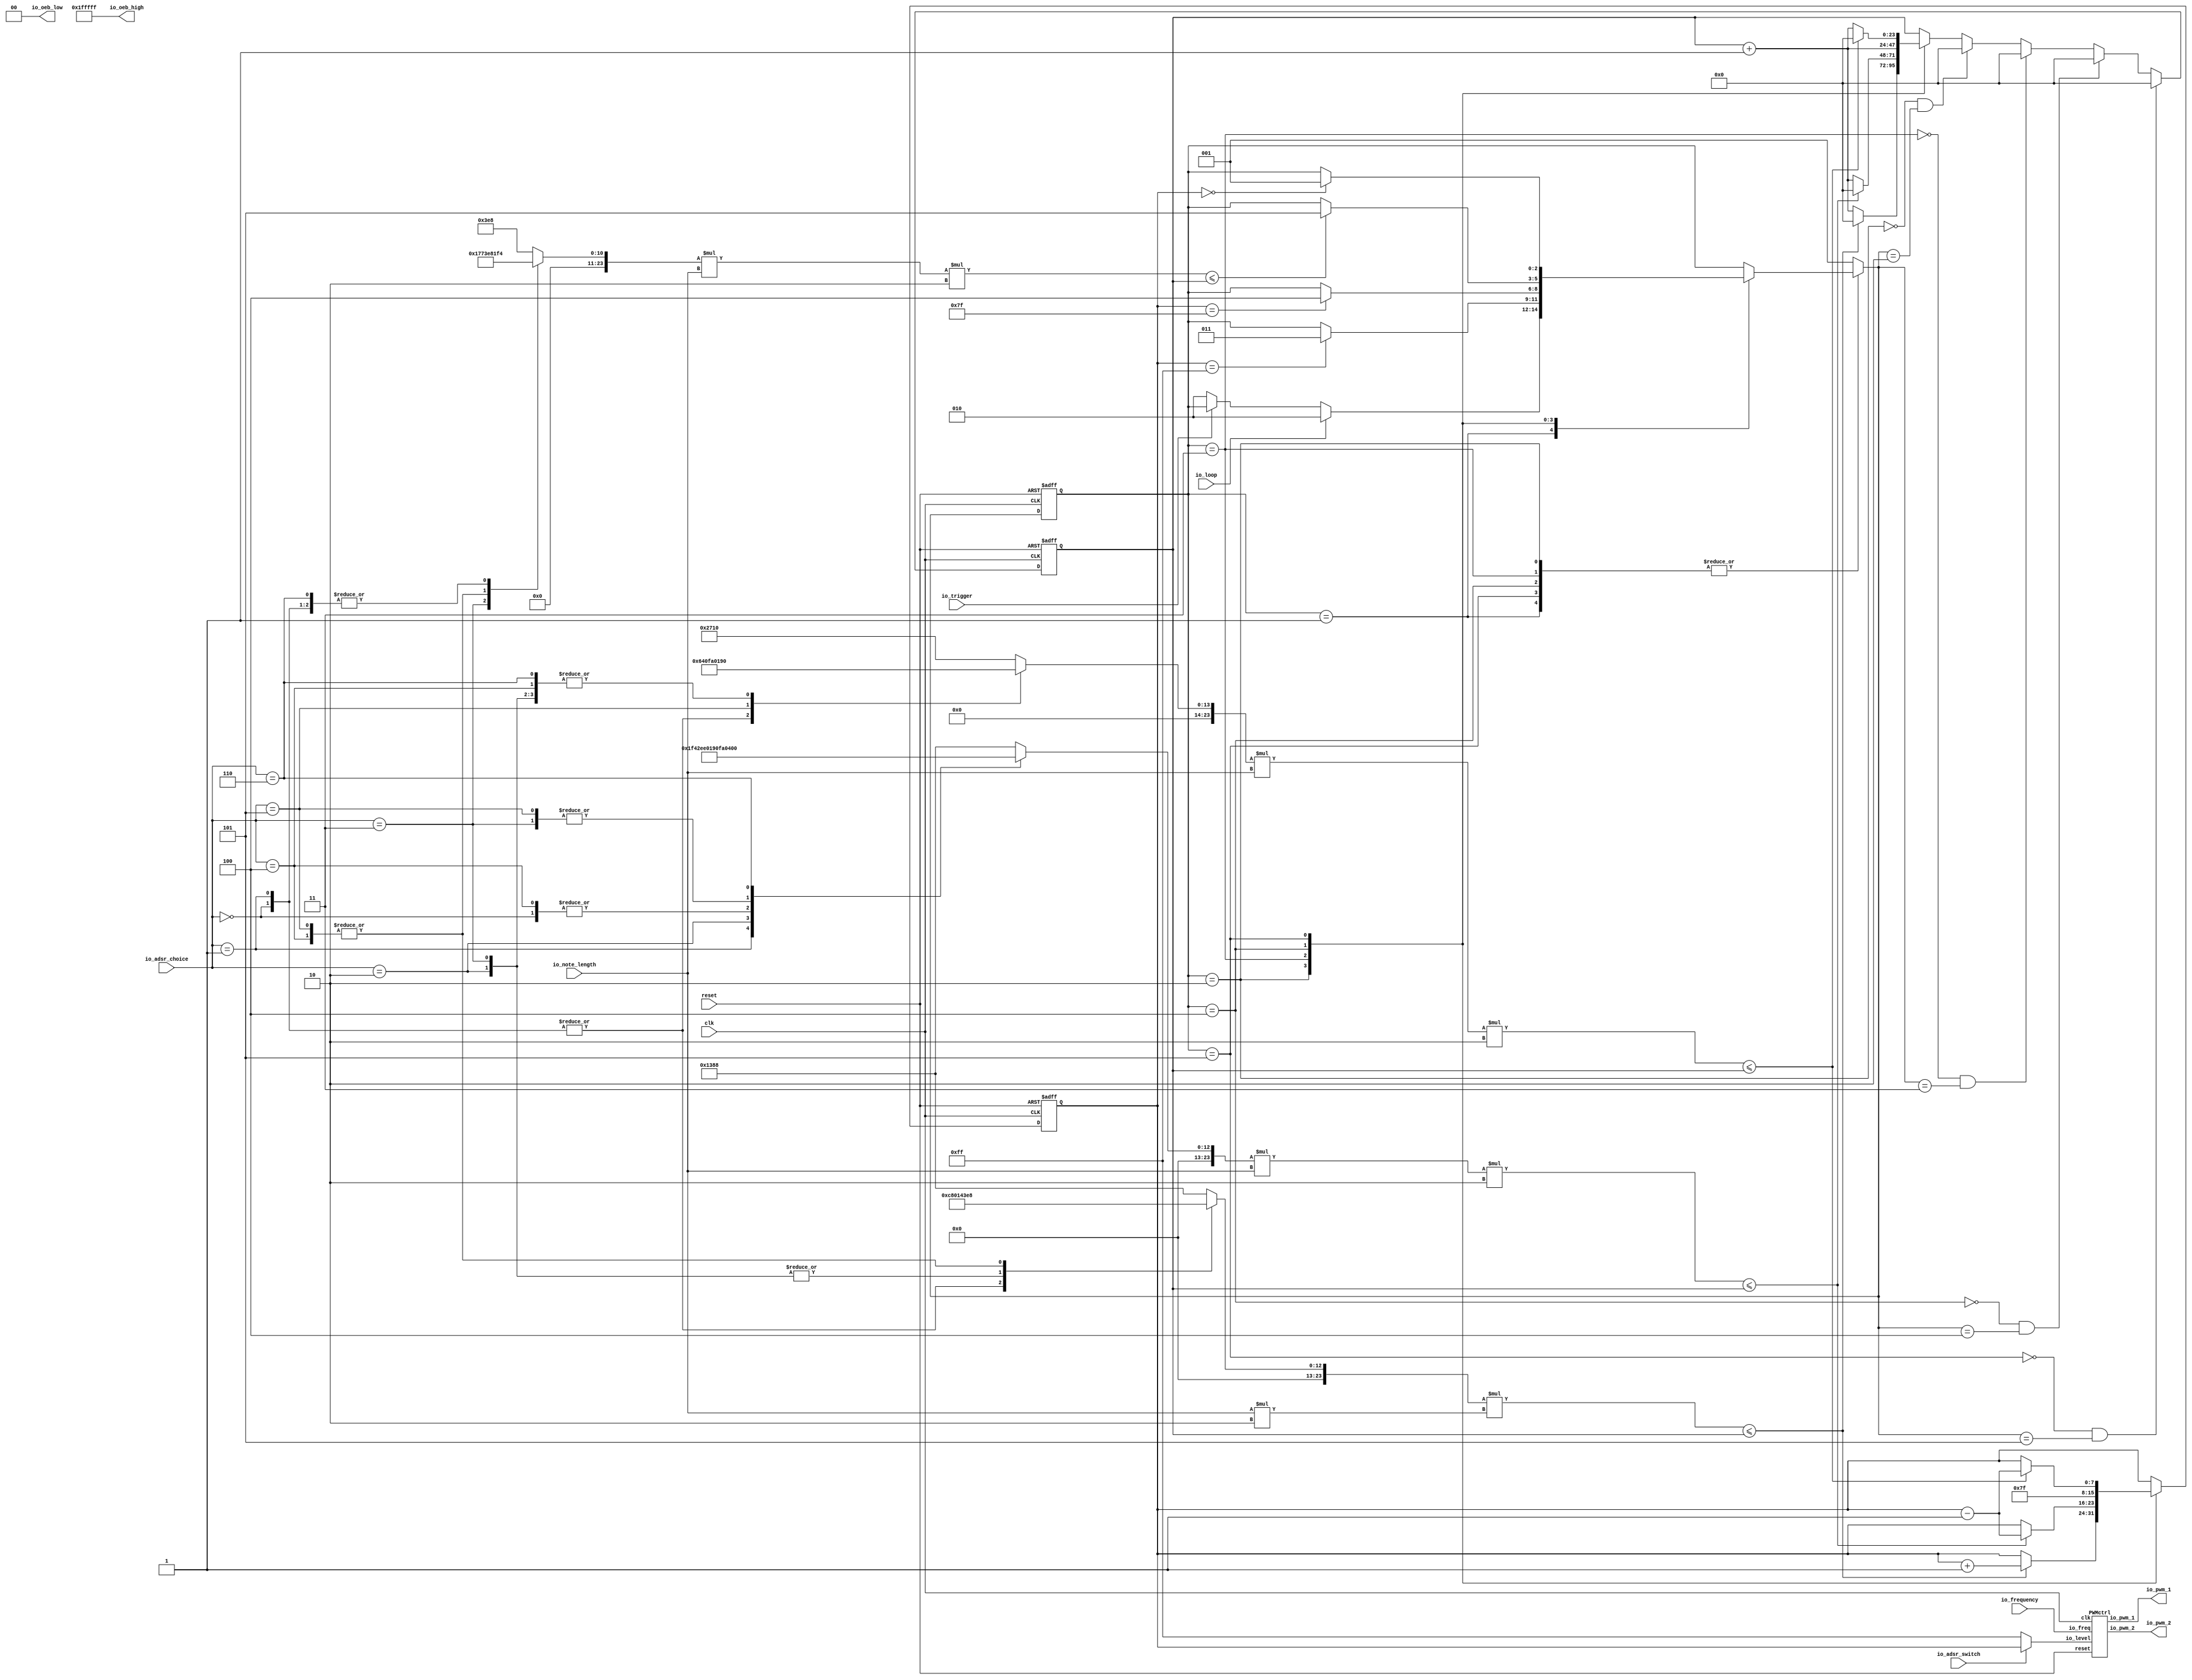
// Generator : SpinalHDL v1.6.2    git head : 6f25d9a541c42028018402843d80c1b0948f0d13
// Component : PWMaudio
// Git hash  : 202b1e0f2780d37523566e176177dd425875ae59

`timescale 1ns/1ps 

module PWMaudio (
  output              io_pwm_1,
  output              io_pwm_2,
  input      [11:0]   io_frequency,
  input      [2:0]    io_note_length,
  input               io_adsr_switch,
  input               io_loop,
  input               io_trigger,
  input      [2:0]    io_adsr_choice,
  input               clk,
  input               reset,
  output wire [20:0]   io_oeb_high,
  output wire [1:0]    io_oeb_low
);
  localparam fsm_adsr_enumDef_BOOT = 3'd0;
  localparam fsm_adsr_enumDef_stateEntry = 3'd1;
  localparam fsm_adsr_enumDef_stateAttack = 3'd2;
  localparam fsm_adsr_enumDef_stateDelay = 3'd3;
  localparam fsm_adsr_enumDef_stateSustain = 3'd4;
  localparam fsm_adsr_enumDef_stateRelease = 3'd5;

  assign io_oeb_high = 21'b111111111111111111111;
  assign io_oeb_low = 2'b0;

  wire       [11:0]   pwm_ctrl_io_freq;
  reg        [7:0]    pwm_ctrl_io_level;
  wire                pwm_ctrl_io_pwm_1;
  wire                pwm_ctrl_io_pwm_2;
  wire       [28:0]   _zz_when_PWMaudio_l108;
  wire       [4:0]    _zz_when_PWMaudio_l108_1;
  wire       [28:0]   _zz_when_PWMaudio_l108_2;
  wire       [28:0]   _zz_when_PWMaudio_l121;
  wire       [26:0]   _zz_when_PWMaudio_l121_1;
  wire       [28:0]   _zz_when_PWMaudio_l121_2;
  wire       [28:0]   _zz_when_PWMaudio_l135;
  wire       [26:0]   _zz_when_PWMaudio_l135_1;
  wire       [28:0]   _zz_when_PWMaudio_l135_2;
  wire       [28:0]   _zz_when_PWMaudio_l144;
  wire       [26:0]   _zz_when_PWMaudio_l144_1;
  wire       [28:0]   _zz_when_PWMaudio_l144_2;
  reg        [23:0]   adsr1;
  reg        [23:0]   adsr2;
  reg        [23:0]   adsr3;
  reg        [23:0]   adsr4;
  wire       [2:0]    switch_PWMaudio_l25;
  wire       [2:0]    note_length;
  wire                fsm_adsr_wantExit;
  reg                 fsm_adsr_wantStart;
  wire                fsm_adsr_wantKill;
  reg        [23:0]   fsm_adsr_counter;
  reg        [7:0]    fsm_adsr_level_adsr;
  reg        [2:0]    fsm_adsr_stateReg;
  reg        [2:0]    fsm_adsr_stateNext;
  wire                when_PWMaudio_l98;
  wire                when_PWMaudio_l108;
  wire                when_PWMaudio_l112;
  wire                when_PWMaudio_l121;
  wire                when_PWMaudio_l125;
  wire                when_PWMaudio_l135;
  wire                when_PWMaudio_l144;
  wire                when_PWMaudio_l148;
  wire                when_StateMachine_l238;
  wire                when_StateMachine_l238_1;
  wire                when_StateMachine_l238_2;
  wire                when_StateMachine_l238_3;
  `ifndef SYNTHESIS
  reg [95:0] fsm_adsr_stateReg_string;
  reg [95:0] fsm_adsr_stateNext_string;
  `endif


  assign _zz_when_PWMaudio_l108 = (adsr1 * _zz_when_PWMaudio_l108_1);
  assign _zz_when_PWMaudio_l108_1 = (note_length * 2'b10);
  assign _zz_when_PWMaudio_l108_2 = {5'd0, fsm_adsr_counter};
  assign _zz_when_PWMaudio_l121 = (_zz_when_PWMaudio_l121_1 * 2'b10);
  assign _zz_when_PWMaudio_l121_1 = (adsr2 * note_length);
  assign _zz_when_PWMaudio_l121_2 = {5'd0, fsm_adsr_counter};
  assign _zz_when_PWMaudio_l135 = (_zz_when_PWMaudio_l135_1 * 2'b10);
  assign _zz_when_PWMaudio_l135_1 = (adsr3 * note_length);
  assign _zz_when_PWMaudio_l135_2 = {5'd0, fsm_adsr_counter};
  assign _zz_when_PWMaudio_l144 = (_zz_when_PWMaudio_l144_1 * 2'b10);
  assign _zz_when_PWMaudio_l144_1 = (adsr4 * note_length);
  assign _zz_when_PWMaudio_l144_2 = {5'd0, fsm_adsr_counter};
  PWMctrl pwm_ctrl (
    .io_freq     (pwm_ctrl_io_freq[11:0]  ), //i
    .io_level    (pwm_ctrl_io_level[7:0]  ), //i
    .io_pwm_1    (pwm_ctrl_io_pwm_1       ), //o
    .io_pwm_2    (pwm_ctrl_io_pwm_2       ), //o
    .clk         (clk                     ), //i
    .reset       (reset                   )  //i
  );
  `ifndef SYNTHESIS
  always @(*) begin
    case(fsm_adsr_stateReg)
      fsm_adsr_enumDef_BOOT : fsm_adsr_stateReg_string = "BOOT        ";
      fsm_adsr_enumDef_stateEntry : fsm_adsr_stateReg_string = "stateEntry  ";
      fsm_adsr_enumDef_stateAttack : fsm_adsr_stateReg_string = "stateAttack ";
      fsm_adsr_enumDef_stateDelay : fsm_adsr_stateReg_string = "stateDelay  ";
      fsm_adsr_enumDef_stateSustain : fsm_adsr_stateReg_string = "stateSustain";
      fsm_adsr_enumDef_stateRelease : fsm_adsr_stateReg_string = "stateRelease";
      default : fsm_adsr_stateReg_string = "????????????";
    endcase
  end
  always @(*) begin
    case(fsm_adsr_stateNext)
      fsm_adsr_enumDef_BOOT : fsm_adsr_stateNext_string = "BOOT        ";
      fsm_adsr_enumDef_stateEntry : fsm_adsr_stateNext_string = "stateEntry  ";
      fsm_adsr_enumDef_stateAttack : fsm_adsr_stateNext_string = "stateAttack ";
      fsm_adsr_enumDef_stateDelay : fsm_adsr_stateNext_string = "stateDelay  ";
      fsm_adsr_enumDef_stateSustain : fsm_adsr_stateNext_string = "stateSustain";
      fsm_adsr_enumDef_stateRelease : fsm_adsr_stateNext_string = "stateRelease";
      default : fsm_adsr_stateNext_string = "????????????";
    endcase
  end
  `endif

  assign switch_PWMaudio_l25 = io_adsr_choice;
  always @(*) begin
    case(switch_PWMaudio_l25)
      3'b000 : begin
        adsr1 = 24'h000032;
      end
      3'b001 : begin
        adsr1 = 24'h000032;
      end
      3'b010 : begin
        adsr1 = 24'h00000a;
      end
      3'b011 : begin
        adsr1 = 24'h00000a;
      end
      3'b100 : begin
        adsr1 = 24'h0003e8;
      end
      3'b101 : begin
        adsr1 = 24'h0003e8;
      end
      3'b110 : begin
        adsr1 = 24'h001388;
      end
      default : begin
        adsr1 = 24'h001388;
      end
    endcase
  end

  always @(*) begin
    case(switch_PWMaudio_l25)
      3'b000 : begin
        adsr2 = 24'h000064;
      end
      3'b001 : begin
        adsr2 = 24'h0001f4;
      end
      3'b010 : begin
        adsr2 = 24'h0005dc;
      end
      3'b011 : begin
        adsr2 = 24'h0007d0;
      end
      3'b100 : begin
        adsr2 = 24'h000064;
      end
      3'b101 : begin
        adsr2 = 24'h0007d0;
      end
      3'b110 : begin
        adsr2 = 24'h0003e8;
      end
      default : begin
        adsr2 = 24'h001388;
      end
    endcase
  end

  always @(*) begin
    case(switch_PWMaudio_l25)
      3'b000 : begin
        adsr3 = 24'h0001f4;
      end
      3'b001 : begin
        adsr3 = 24'h0001f4;
      end
      3'b010 : begin
        adsr3 = 24'h0003e8;
      end
      3'b011 : begin
        adsr3 = 24'h0005dc;
      end
      3'b100 : begin
        adsr3 = 24'h0007d0;
      end
      3'b101 : begin
        adsr3 = 24'h0007d0;
      end
      3'b110 : begin
        adsr3 = 24'h0001f4;
      end
      default : begin
        adsr3 = 24'h0003e8;
      end
    endcase
  end

  always @(*) begin
    case(switch_PWMaudio_l25)
      3'b000 : begin
        adsr4 = 24'h000064;
      end
      3'b001 : begin
        adsr4 = 24'h000064;
      end
      3'b010 : begin
        adsr4 = 24'h000190;
      end
      3'b011 : begin
        adsr4 = 24'h000190;
      end
      3'b100 : begin
        adsr4 = 24'h000190;
      end
      3'b101 : begin
        adsr4 = 24'h0003e8;
      end
      3'b110 : begin
        adsr4 = 24'h000190;
      end
      default : begin
        adsr4 = 24'h002710;
      end
    endcase
  end

  assign note_length = io_note_length;
  assign io_pwm_1 = pwm_ctrl_io_pwm_1;
  assign io_pwm_2 = pwm_ctrl_io_pwm_2;
  assign pwm_ctrl_io_freq = io_frequency;
  assign fsm_adsr_wantExit = 1'b0;
  always @(*) begin
    fsm_adsr_wantStart = 1'b0;
    case(fsm_adsr_stateReg)
      fsm_adsr_enumDef_stateEntry : begin
      end
      fsm_adsr_enumDef_stateAttack : begin
      end
      fsm_adsr_enumDef_stateDelay : begin
      end
      fsm_adsr_enumDef_stateSustain : begin
      end
      fsm_adsr_enumDef_stateRelease : begin
      end
      default : begin
        fsm_adsr_wantStart = 1'b1;
      end
    endcase
  end

  assign fsm_adsr_wantKill = 1'b0;
  always @(*) begin
    if(io_adsr_switch) begin
      pwm_ctrl_io_level = fsm_adsr_level_adsr;
    end else begin
      pwm_ctrl_io_level = 8'hff;
    end
  end

  always @(*) begin
    fsm_adsr_stateNext = fsm_adsr_stateReg;
    case(fsm_adsr_stateReg)
      fsm_adsr_enumDef_stateEntry : begin
        if(io_loop) begin
          fsm_adsr_stateNext = fsm_adsr_enumDef_stateAttack;
        end else begin
          if(when_PWMaudio_l98) begin
            fsm_adsr_stateNext = fsm_adsr_enumDef_stateAttack;
          end
        end
      end
      fsm_adsr_enumDef_stateAttack : begin
        if(when_PWMaudio_l112) begin
          fsm_adsr_stateNext = fsm_adsr_enumDef_stateDelay;
        end
      end
      fsm_adsr_enumDef_stateDelay : begin
        if(when_PWMaudio_l125) begin
          fsm_adsr_stateNext = fsm_adsr_enumDef_stateSustain;
        end
      end
      fsm_adsr_enumDef_stateSustain : begin
        if(when_PWMaudio_l135) begin
          fsm_adsr_stateNext = fsm_adsr_enumDef_stateRelease;
        end
      end
      fsm_adsr_enumDef_stateRelease : begin
        if(when_PWMaudio_l148) begin
          fsm_adsr_stateNext = fsm_adsr_enumDef_stateEntry;
        end
      end
      default : begin
      end
    endcase
    if(fsm_adsr_wantStart) begin
      fsm_adsr_stateNext = fsm_adsr_enumDef_stateEntry;
    end
    if(fsm_adsr_wantKill) begin
      fsm_adsr_stateNext = fsm_adsr_enumDef_BOOT;
    end
  end

  assign when_PWMaudio_l98 = (! io_trigger);
  assign when_PWMaudio_l108 = (_zz_when_PWMaudio_l108 <= _zz_when_PWMaudio_l108_2);
  assign when_PWMaudio_l112 = (fsm_adsr_level_adsr == 8'hff);
  assign when_PWMaudio_l121 = (_zz_when_PWMaudio_l121 <= _zz_when_PWMaudio_l121_2);
  assign when_PWMaudio_l125 = (fsm_adsr_level_adsr == 8'h7f);
  assign when_PWMaudio_l135 = (_zz_when_PWMaudio_l135 <= _zz_when_PWMaudio_l135_2);
  assign when_PWMaudio_l144 = (_zz_when_PWMaudio_l144 <= _zz_when_PWMaudio_l144_2);
  assign when_PWMaudio_l148 = (fsm_adsr_level_adsr == 8'h0);
  assign when_StateMachine_l238 = ((! (fsm_adsr_stateReg == fsm_adsr_enumDef_stateAttack)) && (fsm_adsr_stateNext == fsm_adsr_enumDef_stateAttack));
  assign when_StateMachine_l238_1 = ((! (fsm_adsr_stateReg == fsm_adsr_enumDef_stateDelay)) && (fsm_adsr_stateNext == fsm_adsr_enumDef_stateDelay));
  assign when_StateMachine_l238_2 = ((! (fsm_adsr_stateReg == fsm_adsr_enumDef_stateSustain)) && (fsm_adsr_stateNext == fsm_adsr_enumDef_stateSustain));
  assign when_StateMachine_l238_3 = ((! (fsm_adsr_stateReg == fsm_adsr_enumDef_stateRelease)) && (fsm_adsr_stateNext == fsm_adsr_enumDef_stateRelease));
  always @(posedge clk or posedge reset) begin
    if(reset) begin
      fsm_adsr_counter <= 24'h0;
      fsm_adsr_level_adsr <= 8'h0;
      fsm_adsr_stateReg <= fsm_adsr_enumDef_BOOT;
    end else begin
      fsm_adsr_stateReg <= fsm_adsr_stateNext;
      case(fsm_adsr_stateReg)
        fsm_adsr_enumDef_stateEntry : begin
        end
        fsm_adsr_enumDef_stateAttack : begin
          fsm_adsr_counter <= (fsm_adsr_counter + 24'h000001);
          if(when_PWMaudio_l108) begin
            fsm_adsr_level_adsr <= (fsm_adsr_level_adsr + 8'h01);
            fsm_adsr_counter <= 24'h0;
          end
        end
        fsm_adsr_enumDef_stateDelay : begin
          fsm_adsr_counter <= (fsm_adsr_counter + 24'h000001);
          if(when_PWMaudio_l121) begin
            fsm_adsr_level_adsr <= (fsm_adsr_level_adsr - 8'h01);
            fsm_adsr_counter <= 24'h0;
          end
        end
        fsm_adsr_enumDef_stateSustain : begin
          fsm_adsr_counter <= (fsm_adsr_counter + 24'h000001);
          fsm_adsr_level_adsr <= 8'h7f;
        end
        fsm_adsr_enumDef_stateRelease : begin
          fsm_adsr_counter <= (fsm_adsr_counter + 24'h000001);
          if(when_PWMaudio_l144) begin
            fsm_adsr_level_adsr <= (fsm_adsr_level_adsr - 8'h01);
            fsm_adsr_counter <= 24'h0;
          end
        end
        default : begin
        end
      endcase
      if(when_StateMachine_l238) begin
        fsm_adsr_counter <= 24'h0;
      end
      if(when_StateMachine_l238_1) begin
        fsm_adsr_counter <= 24'h0;
      end
      if(when_StateMachine_l238_2) begin
        fsm_adsr_counter <= 24'h0;
      end
      if(when_StateMachine_l238_3) begin
        fsm_adsr_counter <= 24'h0;
      end
    end
  end


endmodule

module PWMctrl (
  input      [11:0]   io_freq,
  input      [7:0]    io_level,
  output              io_pwm_1,
  output              io_pwm_2,
  input               clk,
  input               reset
);

  wire                pwmdriver_1_1_io_pwm;
  wire                pwmdriver_2_io_pwm;
  wire       [11:0]   _zz_freq_counter_valueNext;
  wire       [0:0]    _zz_freq_counter_valueNext_1;
  wire       [7:0]    _zz_pwm_steps_counter_valueNext;
  wire       [0:0]    _zz_pwm_steps_counter_valueNext_1;
  reg                 freq_counter_willIncrement;
  reg                 freq_counter_willClear;
  reg        [11:0]   freq_counter_valueNext;
  reg        [11:0]   freq_counter_value;
  wire                freq_counter_willOverflowIfInc;
  wire                freq_counter_willOverflow;
  reg                 pwm_steps_counter_willIncrement;
  wire                pwm_steps_counter_willClear;
  reg        [7:0]    pwm_steps_counter_valueNext;
  reg        [7:0]    pwm_steps_counter_value;
  wire                pwm_steps_counter_willOverflowIfInc;
  wire                pwm_steps_counter_willOverflow;
  reg        [7:0]    duty_cycle_1;
  wire                when_PWMctrl_l23;
  wire                when_PWMctrl_l29;
  function  zz_freq_counter_willIncrement(input dummy);
    begin
      zz_freq_counter_willIncrement = 1'b0;
      zz_freq_counter_willIncrement = 1'b1;
    end
  endfunction
  wire  _zz_1;

  assign _zz_freq_counter_valueNext_1 = freq_counter_willIncrement;
  assign _zz_freq_counter_valueNext = {11'd0, _zz_freq_counter_valueNext_1};
  assign _zz_pwm_steps_counter_valueNext_1 = pwm_steps_counter_willIncrement;
  assign _zz_pwm_steps_counter_valueNext = {7'd0, _zz_pwm_steps_counter_valueNext_1};
  PWMdriver pwmdriver_1_1 (
    .io_dutyCycle    (duty_cycle_1[7:0]     ), //i
    .io_pwm          (pwmdriver_1_1_io_pwm  ), //o
    .clk             (clk                   ), //i
    .reset           (reset                 )  //i
  );
  PWMdriver pwmdriver_2 (
    .io_dutyCycle    (pwm_steps_counter_value[7:0]  ), //i
    .io_pwm          (pwmdriver_2_io_pwm            ), //o
    .clk             (clk                           ), //i
    .reset           (reset                         )  //i
  );
  assign _zz_1 = zz_freq_counter_willIncrement(1'b0);
  always @(*) freq_counter_willIncrement = _zz_1;
  always @(*) begin
    freq_counter_willClear = 1'b0;
    if(when_PWMctrl_l23) begin
      freq_counter_willClear = 1'b1;
    end
  end

  assign freq_counter_willOverflowIfInc = (freq_counter_value == 12'hfff);
  assign freq_counter_willOverflow = (freq_counter_willOverflowIfInc && freq_counter_willIncrement);
  always @(*) begin
    freq_counter_valueNext = (freq_counter_value + _zz_freq_counter_valueNext);
    if(freq_counter_willClear) begin
      freq_counter_valueNext = 12'h0;
    end
  end

  always @(*) begin
    pwm_steps_counter_willIncrement = 1'b0;
    if(when_PWMctrl_l23) begin
      pwm_steps_counter_willIncrement = 1'b1;
    end
  end

  assign pwm_steps_counter_willClear = 1'b0;
  assign pwm_steps_counter_willOverflowIfInc = (pwm_steps_counter_value == 8'hff);
  assign pwm_steps_counter_willOverflow = (pwm_steps_counter_willOverflowIfInc && pwm_steps_counter_willIncrement);
  always @(*) begin
    pwm_steps_counter_valueNext = (pwm_steps_counter_value + _zz_pwm_steps_counter_valueNext);
    if(pwm_steps_counter_willClear) begin
      pwm_steps_counter_valueNext = 8'h0;
    end
  end

  assign io_pwm_1 = pwmdriver_1_1_io_pwm;
  assign when_PWMctrl_l23 = (freq_counter_value == io_freq);
  assign when_PWMctrl_l29 = (pwm_steps_counter_value < 8'h7f);
  always @(*) begin
    if(when_PWMctrl_l29) begin
      duty_cycle_1 = 8'h0;
    end else begin
      duty_cycle_1 = io_level;
    end
  end

  assign io_pwm_2 = pwmdriver_2_io_pwm;
  always @(posedge clk or posedge reset) begin
    if(reset) begin
      freq_counter_value <= 12'h0;
      pwm_steps_counter_value <= 8'h0;
    end else begin
      freq_counter_value <= freq_counter_valueNext;
      pwm_steps_counter_value <= pwm_steps_counter_valueNext;
    end
  end


endmodule

//PWMdriver replaced by PWMdriver

module PWMdriver (
  input      [7:0]    io_dutyCycle,
  output              io_pwm,
  input               clk,
  input               reset
);

  wire       [7:0]    _zz_counter_valueNext;
  wire       [0:0]    _zz_counter_valueNext_1;
  reg                 counter_willIncrement;
  wire                counter_willClear;
  reg        [7:0]    counter_valueNext;
  reg        [7:0]    counter_value;
  wire                counter_willOverflowIfInc;
  wire                counter_willOverflow;
  function  zz_counter_willIncrement(input dummy);
    begin
      zz_counter_willIncrement = 1'b0;
      zz_counter_willIncrement = 1'b1;
    end
  endfunction
  wire  _zz_1;

  assign _zz_counter_valueNext_1 = counter_willIncrement;
  assign _zz_counter_valueNext = {7'd0, _zz_counter_valueNext_1};
  assign _zz_1 = zz_counter_willIncrement(1'b0);
  always @(*) counter_willIncrement = _zz_1;
  assign counter_willClear = 1'b0;
  assign counter_willOverflowIfInc = (counter_value == 8'hff);
  assign counter_willOverflow = (counter_willOverflowIfInc && counter_willIncrement);
  always @(*) begin
    counter_valueNext = (counter_value + _zz_counter_valueNext);
    if(counter_willClear) begin
      counter_valueNext = 8'h0;
    end
  end

  assign io_pwm = (counter_value < io_dutyCycle);
  always @(posedge clk or posedge reset) begin
    if(reset) begin
      counter_value <= 8'h0;
    end else begin
      counter_value <= counter_valueNext;
    end
  end


endmodule